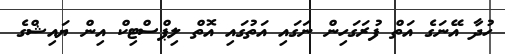
ހުދާ އޭނަގެ އަތް ފުރަގަހިން ނަގައި އަތުގައި އޮތް ލިޕްސްޓިކް އިން ޔައިޝްގެ